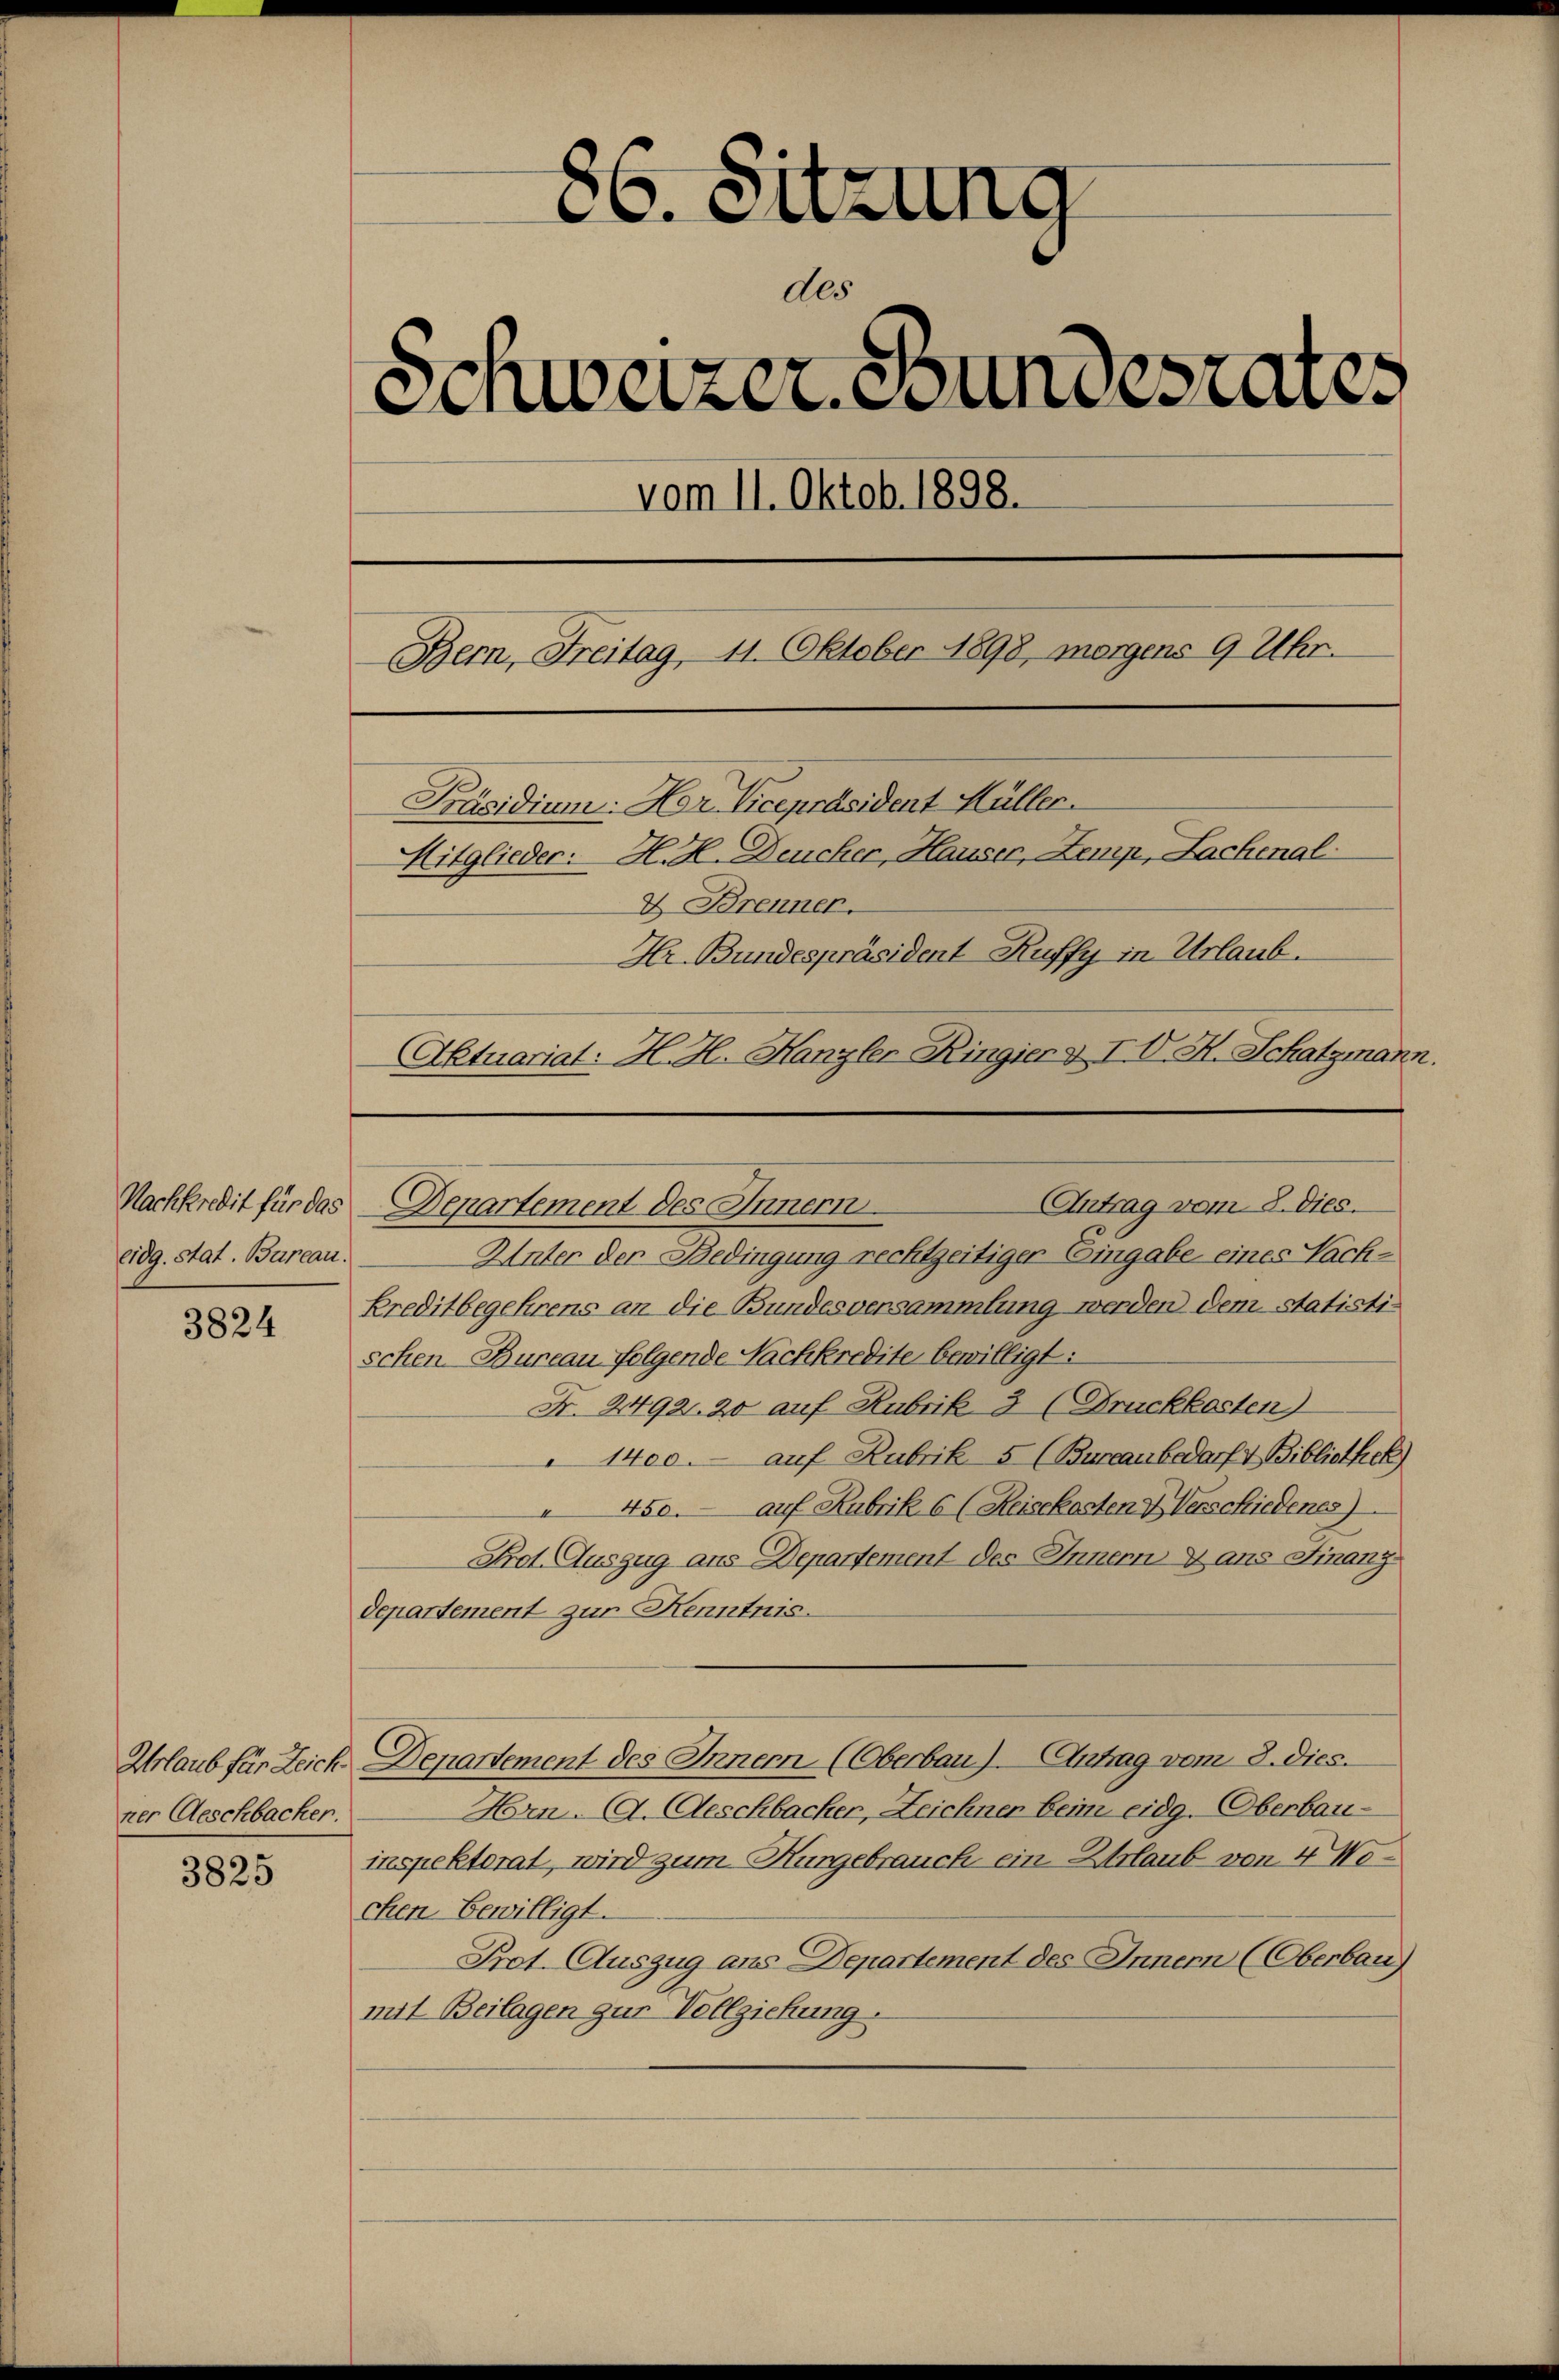
Nachkredit für das
eidg. stat. Bureau.

3824

Urlaub für Zeich
ner Aeschbacker.

3825

86. Sitzung
des
Schweizer Bundesrates
vom 11. Oktob. 1898.
Bern, Freitag, 11. Oktober 1898, morgens 9 Uhr.
Präsidium: Hr. Vicepräsident Hüller.
Mitglieder. H. H. Deucher, Hauser, Zemp, Lachenal
2 Brenner.
Hr. Bundespräsident Kuffy in Urlaub.

Unter der Bedingung rechtzeitiger Eingabe eines Sach¬
Kreditbegehrens an die Bundesversammlung werden dem Statisti-
schen Bureau folgende Nachkredite bewilligt:
Nr. 2492. 20 auf Rubrik 3 (Bruckkosten)
1400. auf Rubrik 5 (Bureau bedarf & Bibliothek
 450. auf Kubrik 6 (Reisekosten & Verschiedenes)
Prot. Auszug aus Departement des Innern & ans Finanz-
departement zur Kenntnis.
Departement des Innern (Oberbau). Antrag vom 3. dies.
Hrn. (A. Geschbacher, Zeichner beim eidg. Oberbau-
inspektorat, wird zum Nurgebrauch ein Urlaub von 4 Wochen bewilligt.
Prot. Auszug aus Departement des Innern (Oberbau
mit Beilagen zur Vollziehung.

(Antrag vom 8. Dies.
Denartement des Innern.

Aktuariat: H. H. Hanzler Ringier & IV. H. Schatzmann.